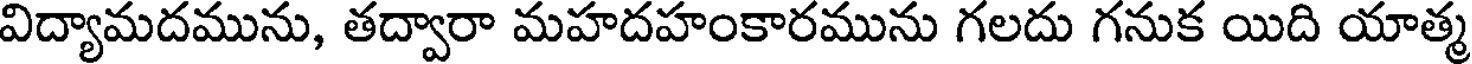
విద్యామదమును, తద్వారా మహదహంకారమును గలదు గనుక యిది యాత్మ